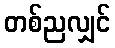
တစ်ညလျှင်